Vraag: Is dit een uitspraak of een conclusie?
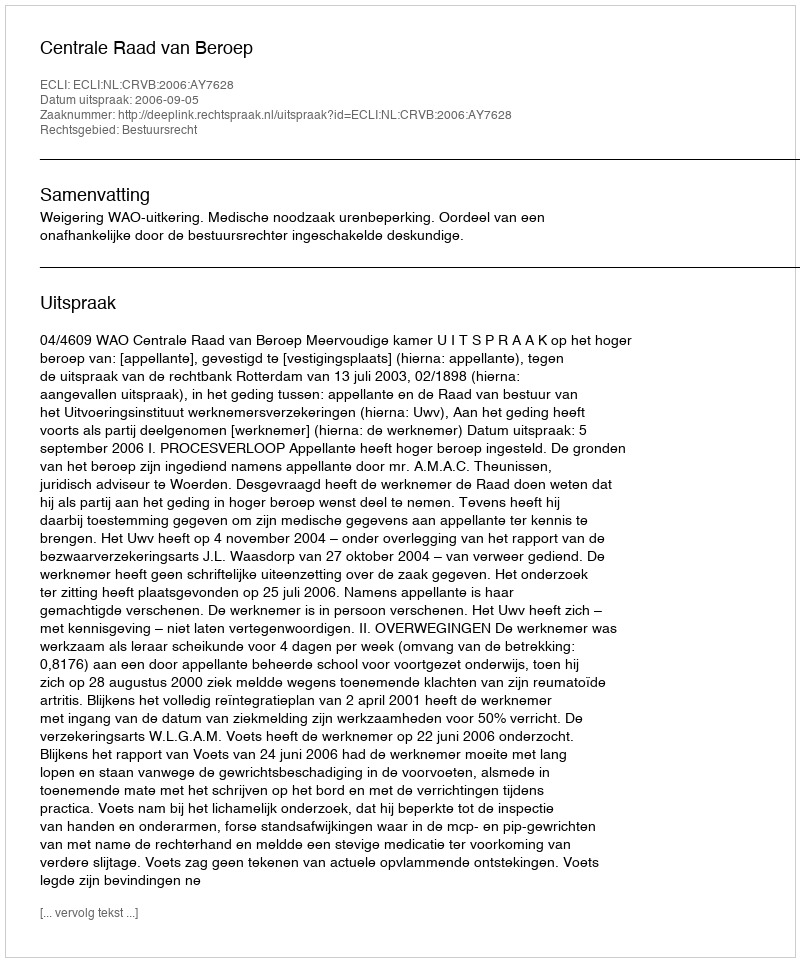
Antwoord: Uitspraak